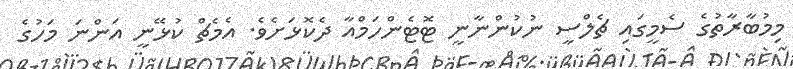
މިމުބާރާތުގެ ސެމީގައި ޗެލްސީ ނުކުންނާނީ ޓޮޓެންހަމްއާ ދެކޮޅަށެވެ. އެމެޗް ކުޅޭނީ އަންނަ މަހުގެ